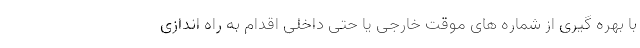
با بهره گیری از شماره های موقت خارجی یا حتی داخلی اقدام به راه اندازی